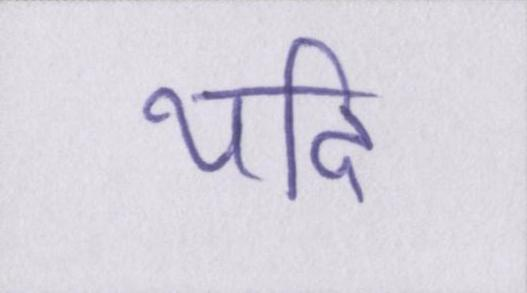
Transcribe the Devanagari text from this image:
यदि